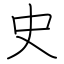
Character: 史